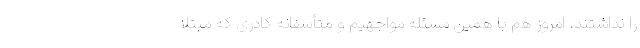
را نداشتند، امروز هم با همین مسئله مواجهیم و متأسفانه کادری که مبتلا